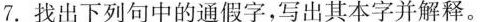
7.找出下列句中的通假字，写出其本字并解释。